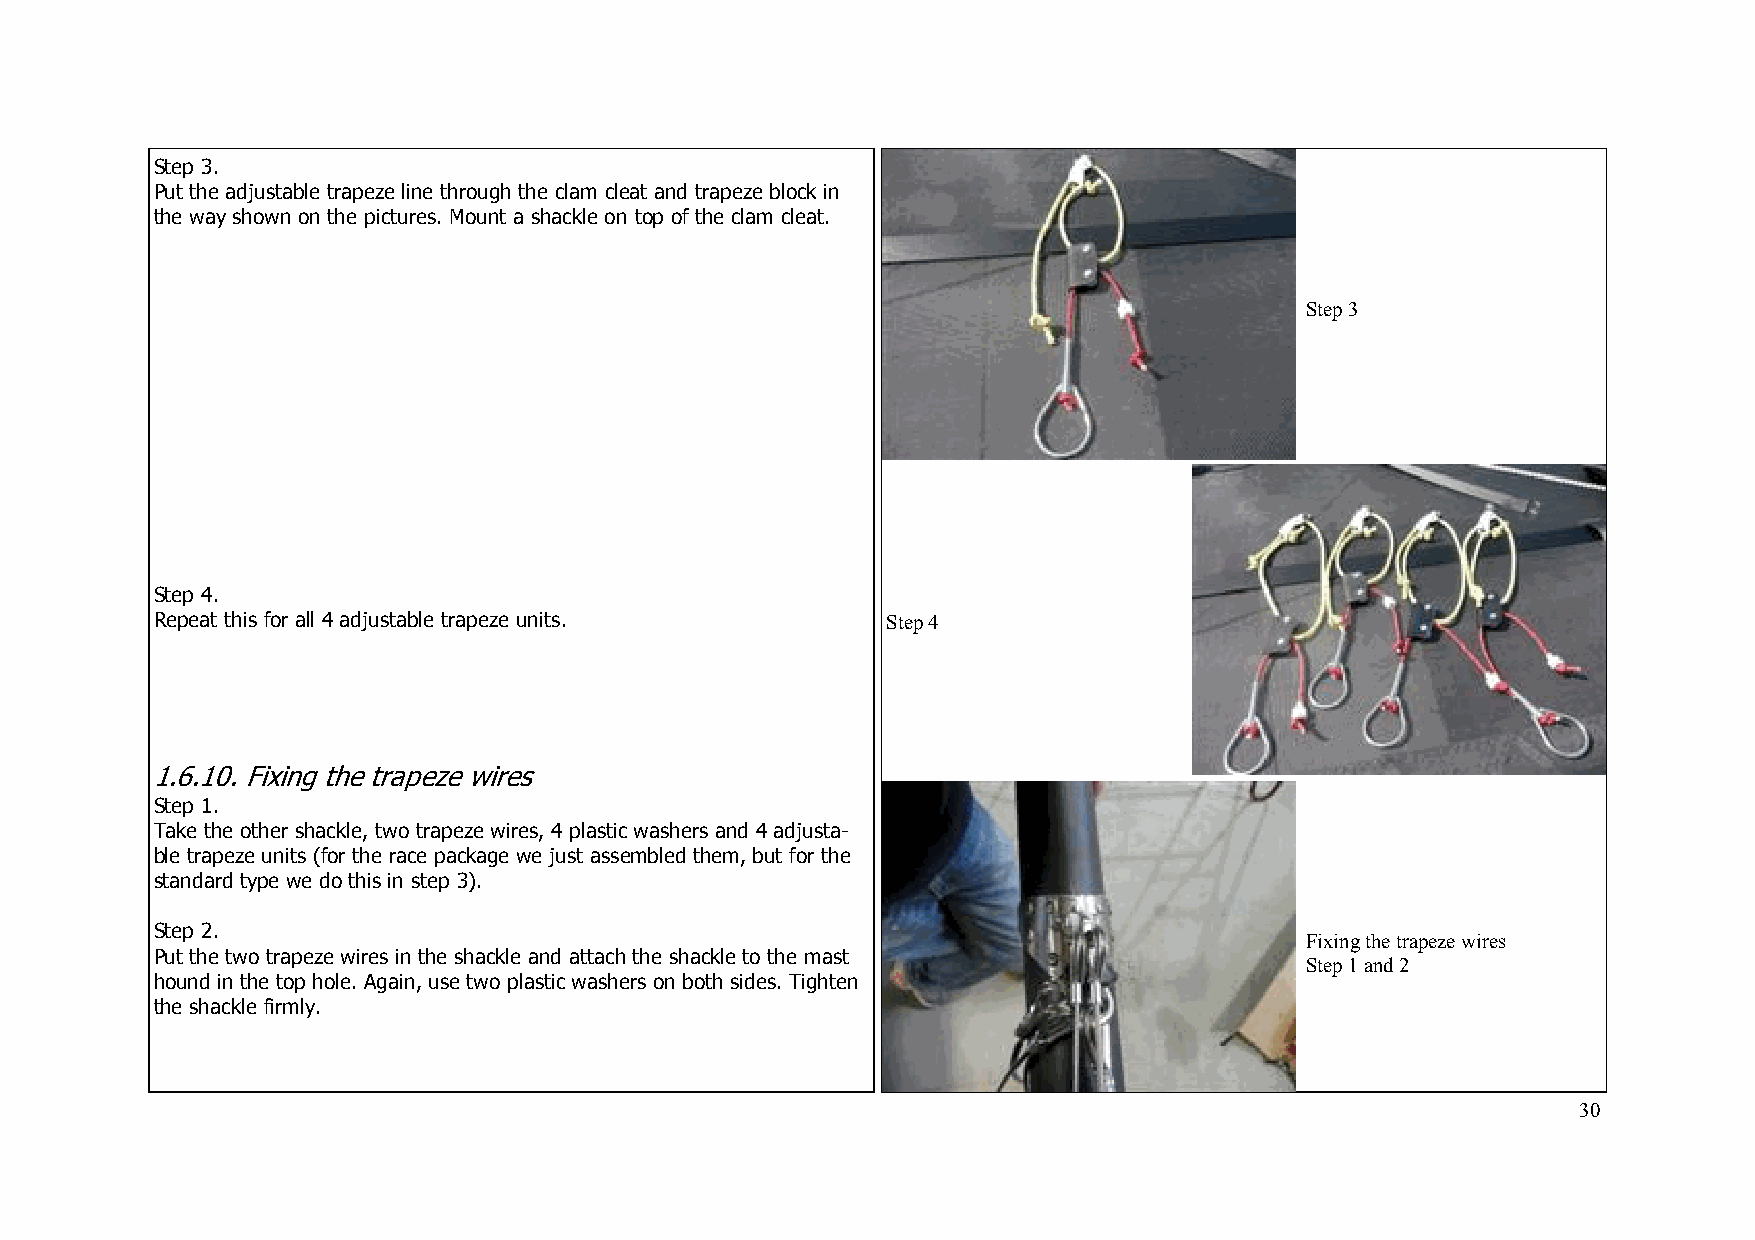
Step 3.
 Put the adjustable trapeze line through the clam cleat and trapeze block in
 the way shown on the pictures. Mount a shackle on top of the clam cleat.
 Step 3
 Step 4.
 Repeat this for all 4 adjustable trapeze units.  Step 4
 1.6.10. Fixing the trapeze wires
 Step 1.
 Take the other shackle, two trapeze wires, 4 plastic washers and 4 adjusta-
 ble trapeze units (for the race package we just assembled them, but for the
 standard type we do this in step 3).
 Step 2.
 Fixing the trapeze wires
 Put the two trapeze wires in the shackle and attach the shackle to the mast
 Step 1 and 2
 hound in the top hole. Again, use two plastic washers on both sides. Tighten
 the shackle firmly.
 30